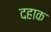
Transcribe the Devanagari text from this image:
दहाक